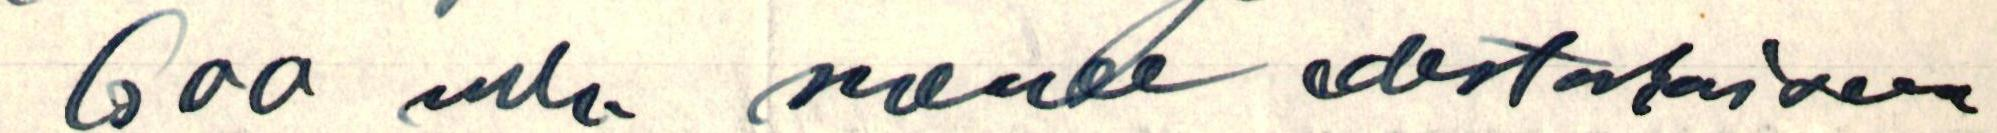
600 mk. menee edestakaiseen